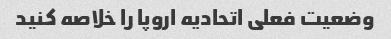
وضعیت فعلی اتحادیه اروپا را خلاصه کنید